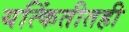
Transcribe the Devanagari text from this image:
यत्किंतीतही